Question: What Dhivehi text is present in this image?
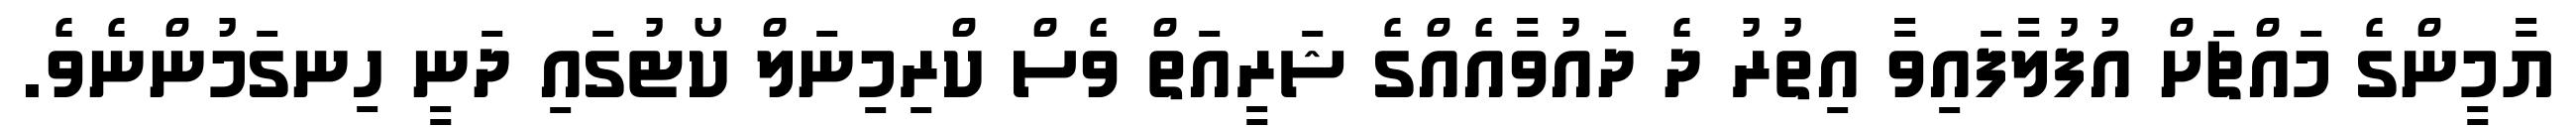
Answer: ޔާމީންގެ މައްޗަށް އުފުލާފައިވާ އިތުރު ދެ ދައުވާއެއްގެ ޝަރީއަތް ވެސް ކްރިމިނަލް ކޯޓުގައި ދަނީ ހިނގަމުންނެވެ.